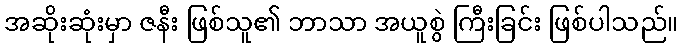
အဆိုးဆုံးမှာ ဇနီး ဖြစ်သူ၏ ဘာသာ အယူစွဲ ကြီးခြင်း ဖြစ်ပါသည်။